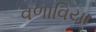
વળાવિયા